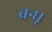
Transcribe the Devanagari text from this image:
बन्धू